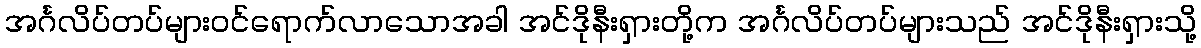
အင်္ဂလိပ်တပ်များဝင်ရောက်လာသောအခါ အင်ဒိုနီးရှားတို့က အင်္ဂလိပ်တပ်များသည် အင်ဒိုနီးရှားသို့